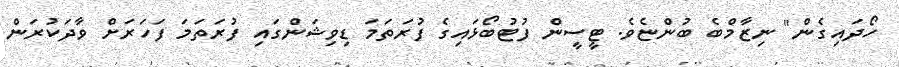
ހޯދައިގެން" ނިޒާމްބެ ބުންޏެވެ. ޓީސީން ފުޓުބޯޅައިގެ ފުރަތަމަ ޑިވިޝަންގައި ފުރަތަމަ ފަހަރަށް ވާދަކުރަން